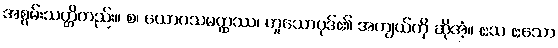
အစွမ်းသတ္တိတည်း။ စ၊ ယောဂသမတ္ထဿ၊ ဟူသောပုဒ်၏ အကျယ်ကို ဆိုအံ့။ ဧသ ဧသော